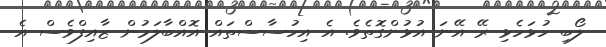
ލޯބި ހުޅަހެޅި ރޭ އޭނަ އުޅުންގޮތެވެ. އެ އިހުސާސްތައް އޮއްބާލަމުން ޒާއިފްވެސް އެ